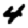
Digit: 4